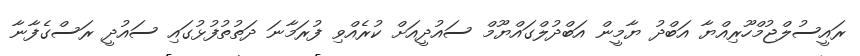
ރައީސުލްޖުމްހޫރިއްޔާ އަބްދު ޔާމީން އަބްދުލްގައްޔޫމް ސައުދީއަށް ކުރެއްވި ފުރަމާނަ ދަތުތުފުޅުގައި ސައުދީ ރަސްގެފާނާ